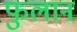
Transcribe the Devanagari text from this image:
फुलान